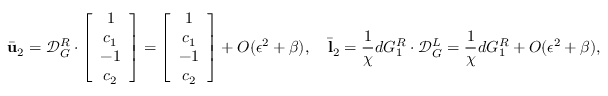
\bar { \mathbf { u } } _ { 2 } = \mathcal { D } _ { G } ^ { R } \cdot \left[ \begin{array} { c c c c } { 1 } \\ { c _ { 1 } } \\ { - 1 } \\ { c _ { 2 } } \end{array} \right] = \left[ \begin{array} { c c c c } { 1 } \\ { c _ { 1 } } \\ { - 1 } \\ { c _ { 2 } } \end{array} \right] + O ( \epsilon ^ { 2 } + \beta ) , \quad \bar { \mathbf { l } } _ { 2 } = \frac { 1 } { \chi } d G _ { 1 } ^ { R } \cdot \mathcal { D } _ { G } ^ { L } = \frac { 1 } { \chi } d G _ { 1 } ^ { R } + O ( \epsilon ^ { 2 } + \beta ) ,